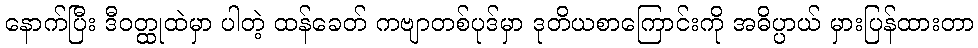
နောက်ပြီး ဒီဝတ္ထုထဲမှာ ပါတဲ့ ထန်ခေတ် ကဗျာတစ်ပုဒ်မှာ ဒုတိယစာကြောင်းကို အဓိပ္ပာယ် မှားပြန်ထားတာ